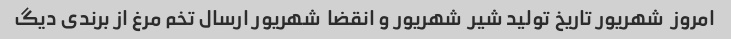
امروز  شهریور تاریخ تولید شیر  شهریور و انقضا  شهریور ارسال تخم مرغ از برندی دیگ